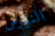
النورس